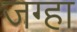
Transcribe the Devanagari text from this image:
जग्हा